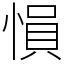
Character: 愪